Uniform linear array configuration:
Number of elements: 16
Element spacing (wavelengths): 0.25
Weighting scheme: exponential
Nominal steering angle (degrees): -30
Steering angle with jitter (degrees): -31.952
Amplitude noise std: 0.05
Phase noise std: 0.05

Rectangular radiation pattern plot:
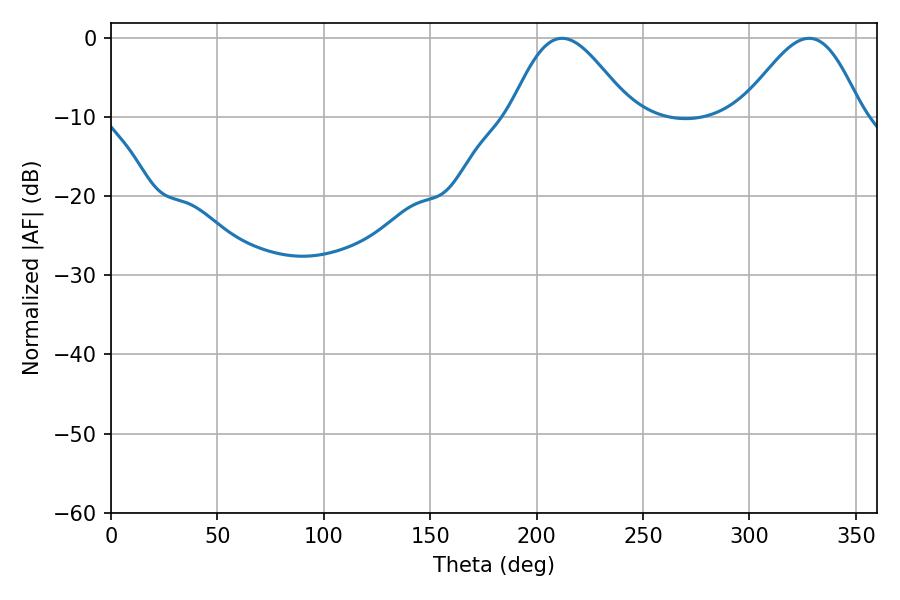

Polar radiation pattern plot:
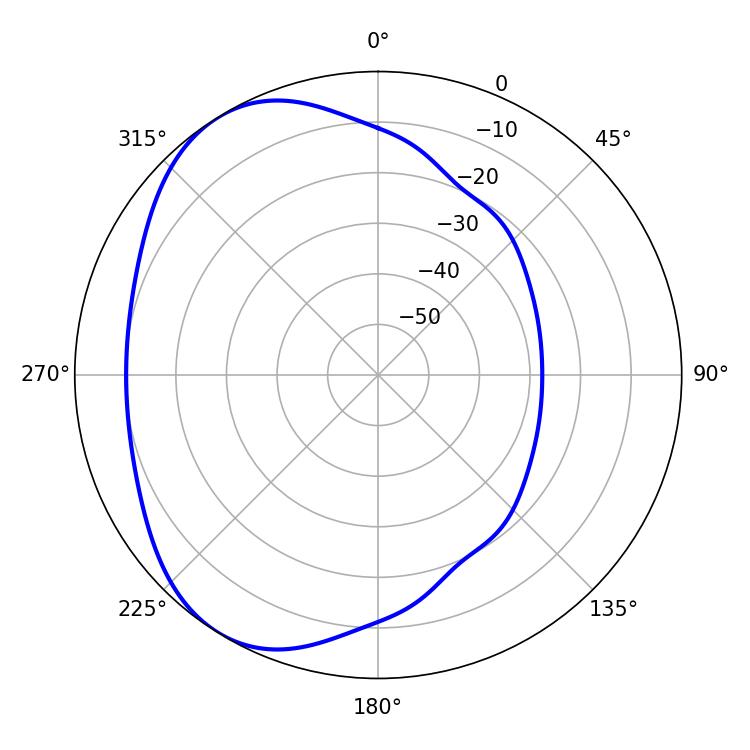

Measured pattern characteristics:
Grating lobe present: FALSE
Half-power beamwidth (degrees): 30.06
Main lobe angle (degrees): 212.04